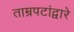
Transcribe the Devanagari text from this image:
ताम्रपटांद्वारे